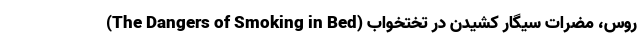
روس، مضرات سیگار کشیدن در تختخواب (The Dangers of Smoking in Bed)